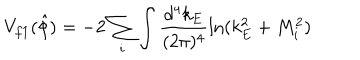
V _ { f 1 } ( \hat { \phi } ) = - 2 \sum _ { i } \int \frac { d ^ { 4 } k _ { E } } { ( 2 \pi ) ^ { 4 } } \ln ( k _ { E } ^ { 2 } + M _ { i } ^ { 2 } )